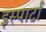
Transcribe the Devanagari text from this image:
इस्पार्टा